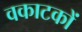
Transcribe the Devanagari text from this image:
वकाटकों